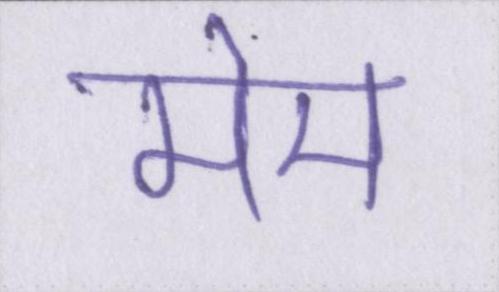
मेम